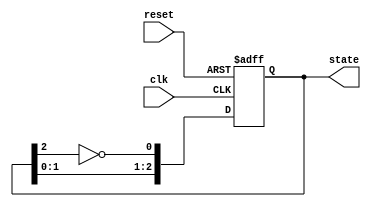
module johnson_counter (
    input wire clk,          // Clock input
    input wire reset,        // Asynchronous reset
    output reg [2:0] state   // 3-bit state output (for a 3-bit Johnson counter)
);

    // State transition logic
    always @(posedge clk or posedge reset) begin
        if (reset) begin
            // Asynchronous reset to '000'
            state <= 3'b000;
        end else begin
            // Shift left and feedback inverted output of the last flip-flop
            state <= {state[1:0], ~state[2]};
        end
    end

endmodule